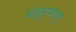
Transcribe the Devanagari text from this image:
मधुरमाणु